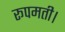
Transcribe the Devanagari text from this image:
रूपमती।